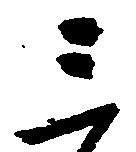
三